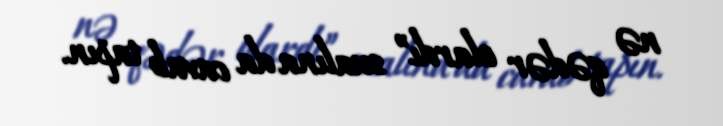
nə qədər olardı” sualına da cavab tapın.